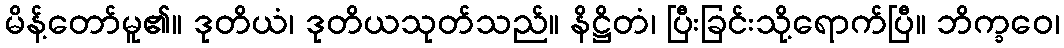
မိန့်တော်မူ၏။ ဒုတိယံ၊ ဒုတိယသုတ်သည်။ နိဋ္ဌိတံ၊ ပြီးခြင်းသို့ရောက်ပြီ။ ဘိက္ခဝေ၊